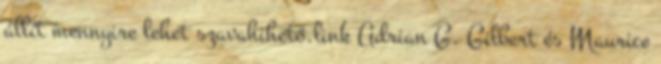
állít mennyire lehet szavahihető.link Adrian G. Gilbert és Maurice